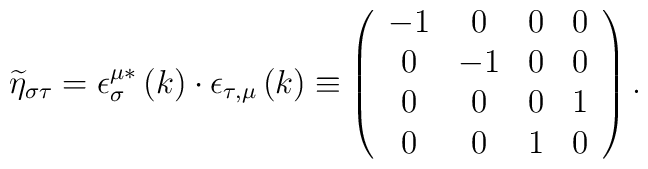
\widetilde{\eta }_{\sigma \tau }=\epsilon _\sigma ^{\mu*}\left(k\right) \cdot \epsilon _{\tau,\mu }\left(k\right)\equiv\left(\begin{array}{cccc}-1 & 0 & 0 & 0 \\0 & -1 & 0 & 0 \\0 & 0 & 0 & 1 \\0 & 0 & 1 & 0\end{array}\right).